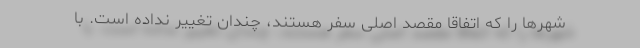
شهرها را که اتفاقا مقصد اصلی سفر هستند، چندان تغییر نداده است. با